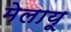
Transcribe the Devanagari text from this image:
मेलायू